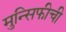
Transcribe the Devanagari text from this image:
मुन्सिफीची